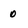
Character: 0